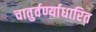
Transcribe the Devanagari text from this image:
चातुर्वर्ण्याधारित